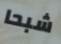
شبحا